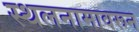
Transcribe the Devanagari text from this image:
स्थलनामावरून